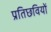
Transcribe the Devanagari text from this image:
प्रतिछवियों